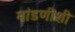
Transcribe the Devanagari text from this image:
मांडणीशी